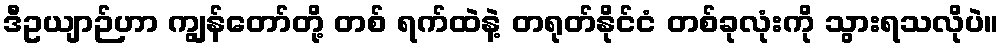
ဒီဥယျာဉ်ဟာ ကျွန်တော်တို့ တစ် ရက်ထဲနဲ့ တရုတ်နိုင်ငံ တစ်ခုလုံးကို သွားရသလိုပဲ။